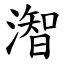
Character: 潪